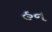
હન